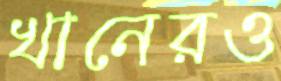
খানেরও